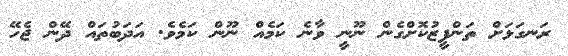
ރަނގަޅަށް ތަންފީޒުކޮށްގެން ނޫނީ ވާނެ ކަމެއް ނޫން ކަމެވެ. އަދަބުތައް ދޭން ޖެހޭ